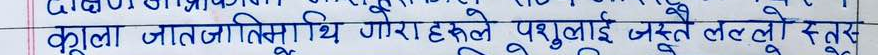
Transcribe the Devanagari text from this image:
कुला जातजिविसिथि गौराहरूले पशुलाई जस्तै लललो रक्तस